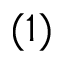
( 1 )